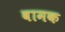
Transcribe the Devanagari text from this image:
बामक